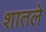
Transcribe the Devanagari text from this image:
शातले